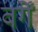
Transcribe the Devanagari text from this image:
वर्गें